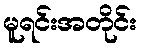
မူရင်းအတိုင်း